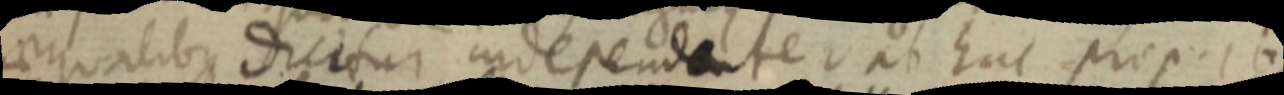
aequalibus dicitur independente ab huc prop. 16